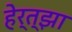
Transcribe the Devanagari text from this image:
हेर्त्झा